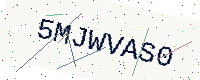
Text: 5MJWVAS0